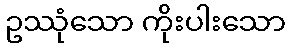
ဥဿုံသော ကိုးပါးသော